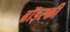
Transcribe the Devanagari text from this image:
ब्रॉड्स्की